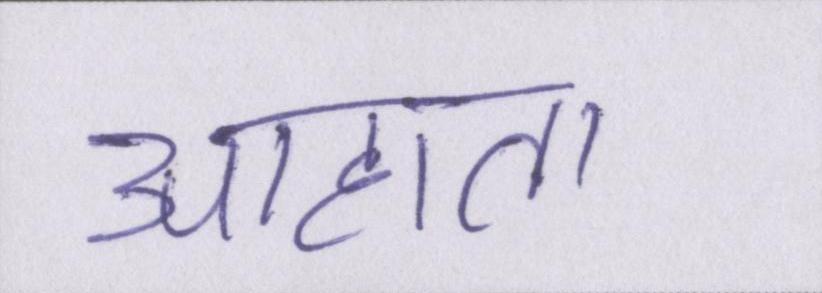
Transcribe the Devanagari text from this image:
आहाता